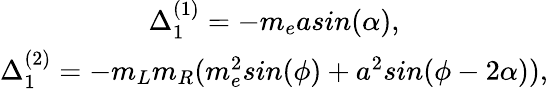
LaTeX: \begin{array}{c}{{\Delta_{1}^{(1)}=-m_{e}asin(\alpha),}}\\ {{\Delta_{1}^{(2)}=-m_{L}m_{R}(m_{e}^{2}sin(\phi)+a^{2}sin(\phi-2\alpha)),}}\end{array}